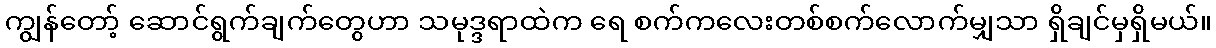
ကျွန်တော့် ဆောင်ရွက်ချက်တွေဟာ သမုဒ္ဒရာထဲက ရေ စက်ကလေးတစ်စက်လောက်မျှသာ ရှိချင်မှရှိမယ်။